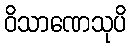
ဝိသာဏေသုပိ